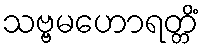
သဗ္ဗမဟောရတ္တိံ